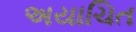
અયાચિત